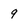
Character: 9